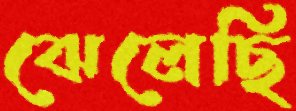
ঝেলেছি